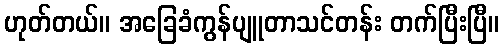
ဟုတ်တယ်။ အခြေခံကွန်ပျူတာသင်တန်း တက်ပြီးပြီ။